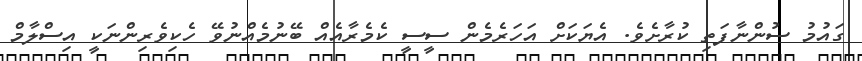
ގައުމު ސުންނާފަތި ކުރާށެވެ. އެޔަކަށް އަހަރެމެން ސީސީ ކެމެރާއެއް ބޭނުމެއްނުވޭ ހެކިވެރިންނަކީ އިސްލާމް